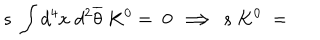
s \; \int d ^ { 4 } x \; d ^ { 2 } \overline { { { \theta } } } \; K ^ { 0 } = \; 0 \; \Longrightarrow \; s \; K ^ { 0 } \; = \;